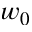
w _ { 0 }